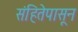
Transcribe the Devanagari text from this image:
संहितेपासून